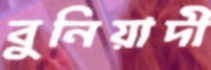
বুনিয়াদী